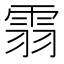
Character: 䨒